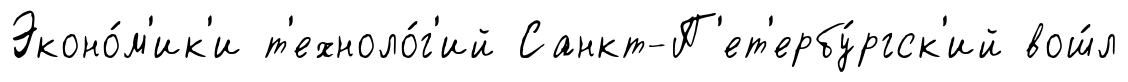
Эконо́м'ик'и т'ехноло́г'ий Санкт-П'ет'ербу́ргск'ий вош́л